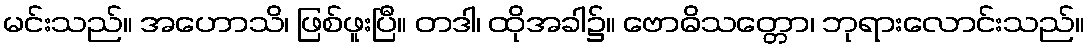
မင်းသည်။ အဟောသိ၊ ဖြစ်ဖူးပြီ။ တဒါ၊ ထိုအခါ၌။ ဗောဓိသတ္တော၊ ဘုရားလောင်းသည်။